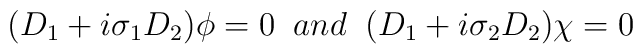
(D_{1}+i\sigma_{1}D_{2})\phi=0 \;\; and \;\;(D_{1}+i\sigma_{2}D_{2})\chi=0